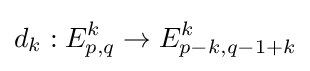
d_{k}:E_{p,q}^{k}\to E_{p-k,q-1+k}^{k}